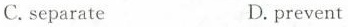
C.separate D.prevent